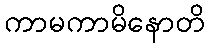
ကာမကာမိနောတိ